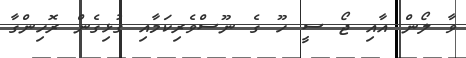
ވާ ލޯން އާއި ޖޯ ސީ ހޫ ގެ ނޫސްވެރިކަމާއި ގުޅިގެން ރޮހިންގާ